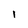
Character: I